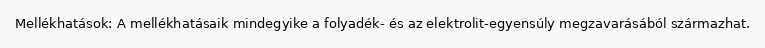
Mellékhatások: A mellékhatásaik mindegyike a folyadék- és az elektrolit-egyensúly megzavarásából származhat.